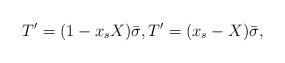
LaTeX: \begin{align*}T'=(1-x_sX)\bar\sigma, T'=(x_s-X)\bar\sigma,\end{align*}